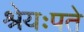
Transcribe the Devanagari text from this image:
श्रेयःपते